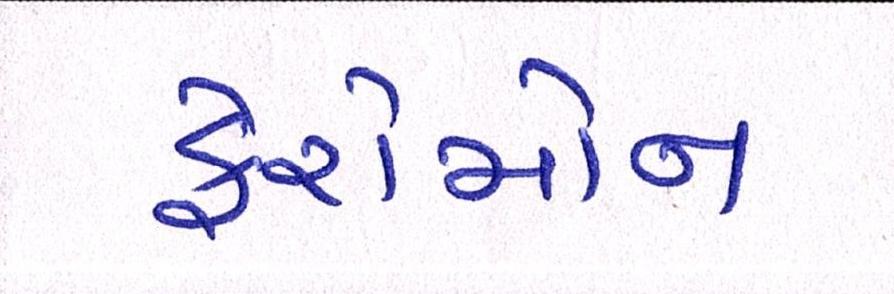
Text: ફેરોમોન